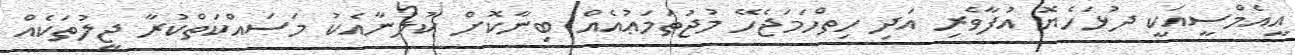
އީއެމްސީއަކީ ދުޅަހެޔޮ އުފާވެރި އަދި ހިތްހަމަޖެހޭ މުޖުތަމަޢުއެއް ބިނާކޮށް ކުލުނާއެކު މަސައްކަތްކުރާ ޖީލުތަކެއް